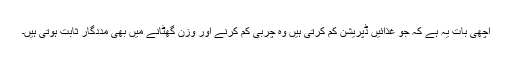
اچھی بات یہ ہے کہ جو غذائیں ڈپریشن کم کرتی ہیں وہ چربی کم کرنے اور وزن گھٹانے میں بھی مددگار ثابت ہوتی ہیں۔